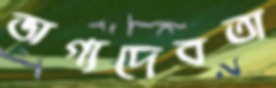
ভাগ্যদেবতা